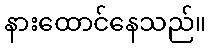
နားထောင်နေသည်။